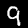
Label: 9